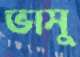
ভাসু